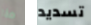
هذا تسديد